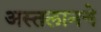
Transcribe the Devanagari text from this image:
अस्तलानचे